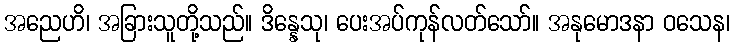
အညေဟိ၊ အခြားသူတို့သည်။ ဒိန္နေသု၊ ပေးအပ်ကုန်လတ်သော်။ အနုမောဒနာ ဝသေန၊